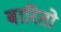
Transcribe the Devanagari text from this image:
बारितो